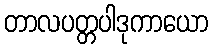
တာလပတ္တပါဒုကာယော